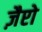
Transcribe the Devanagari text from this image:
ज़ैप्टो